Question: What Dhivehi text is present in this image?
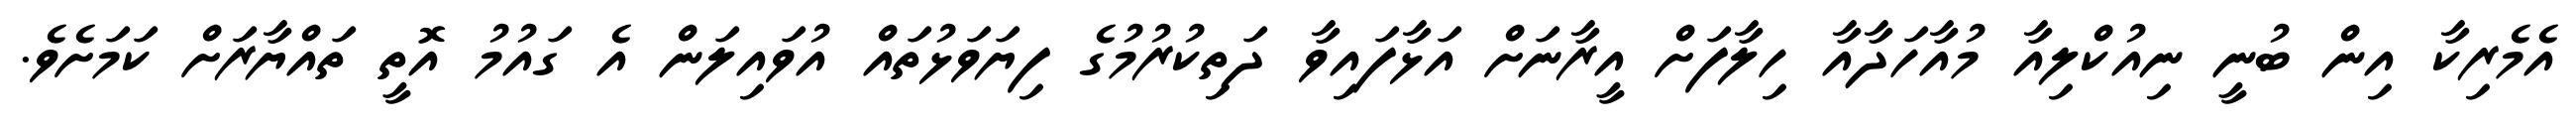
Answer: އެމެރިކާ އިން ބުނީ ނިއުކްލިއާ މުއާހަދާއާ ހިލާފަށް އީރާނަށް އަޅާފައިވާ ދަތިކުރުމުގެ ފިޔަވަޅުތައް އުވައިލަން އެ ގައުމު އޮތީ ތައްޔާރަށް ކަމަށެވެ.